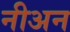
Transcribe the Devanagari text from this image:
नीअन